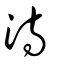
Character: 洔